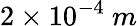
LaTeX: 2\times 10^{-4}~m